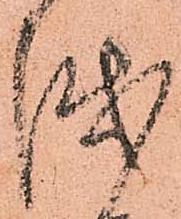
越